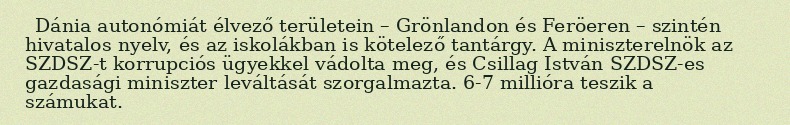
Dánia autonómiát élvező területein – Grönlandon és Feröeren – szintén hivatalos nyelv, és az iskolákban is kötelező tantárgy. A miniszterelnök az SZDSZ-t korrupciós ügyekkel vádolta meg, és Csillag István SZDSZ-es gazdasági miniszter leváltását szorgalmazta. 6-7 millióra teszik a számukat.